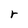
Character: r